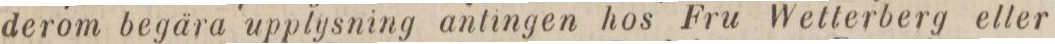
derom begära upplysning antingen hos Fru Wetterberg eller